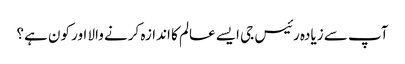
آپ سے زیادہ رئیس جی ایسے عالم کا اندازہ کرنے والا اور کون ہے؟